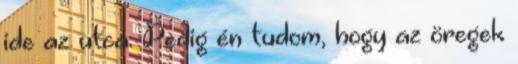
ide az utca. Pedig én tudom, hogy az öregek